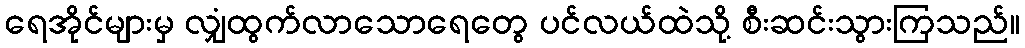
ရေအိုင်များမှ လျှံထွက်လာသောရေတွေ ပင်လယ်ထဲသို့ စီးဆင်းသွားကြသည်။